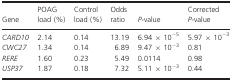
<table><thead><tr><td><b>Gene</b></td><td><b>POAG load (%)</b></td><td><b>Control load (%)</b></td><td><b>Odds ratio</b></td><td><b><i>P</i>‐value</b></td><td><b>Corrected <i>P</i>‐value</b></td></tr></thead><tbody><tr><td><i>CARD10</i></td><td>2.14</td><td>0.14</td><td>13.19</td><td>6.94 × 10<sup>−5</sup></td><td>5.97 × 10<sup>−3</sup></td></tr><tr><td><i>CWC27</i></td><td>1.34</td><td>0.14</td><td>6.89</td><td>9.47 × 10<sup>−3</sup></td><td>0.81</td></tr><tr><td><i>RERE</i></td><td>1.60</td><td>0.23</td><td>5.49</td><td>0.0114</td><td>0.98</td></tr><tr><td><i>USP37</i></td><td>1.87</td><td>0.18</td><td>7.32</td><td>5.11 × 10<sup>−3</sup></td><td>0.44</td></tr></tbody></table>